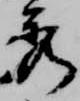
秀